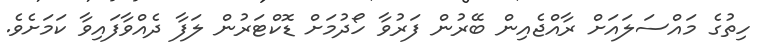
ހިތުގެ މައްސަލައަށް ރާއްޖެއިން ބޭރުން ފަރުވާ ހޯދުމަށް ޑޮކްޓަރުން ލަފާ ދެއްވާފައިވާ ކަމަށެވެ.